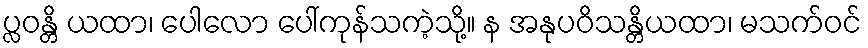
ပ္လဝန္တိ ယထာ၊ ပေါလော ပေါ်ကုန်သကဲ့သို့။ န အနုပဝိသန္တိယထာ၊ မသက်ဝင်